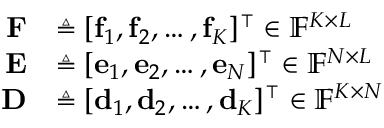
\begin{array} { r l } { \mathbf { F } } & { \triangleq [ \mathbf { f } _ { 1 } , \mathbf { f } _ { 2 } , \hdots , \mathbf { f } _ { K } ] ^ { \intercal } \in \mathbb { F } ^ { K \times L } } \\ { \mathbf { E } } & { \triangleq [ \mathbf { e } _ { 1 } , \mathbf { e } _ { 2 } , \hdots , \mathbf { e } _ { N } ] ^ { \intercal } \in \mathbb { F } ^ { N \times L } } \\ { \mathbf { D } } & { \triangleq [ \mathbf { d } _ { 1 } , \mathbf { d } _ { 2 } , \hdots , \mathbf { d } _ { K } ] ^ { \intercal } \in \mathbb { F } ^ { K \times N } } \end{array}